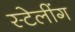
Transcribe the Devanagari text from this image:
स्टेलींग